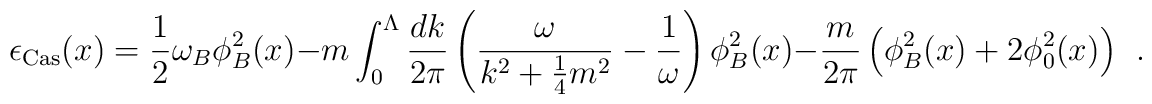
\epsilon_{\rm Cas}(x) = \frac{1}{2} \omega_B \phi_B^2(x) - m \int_0^\Lambda  \frac{dk}{2 \pi} \left( \frac{\omega}{k^2+\frac{1}{4} m^2} -\frac{1}{\omega} \right) \phi_B^2(x) - \frac{m}{2 \pi} \left(\phi_B^2(x)+2 \phi_0^2(x)\right) \ \ .